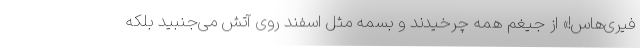
فیری‌هاس!» از جیغم همه چرخیدند و بسمه مثل اسفند روی آتش می‌جنبید بلکه